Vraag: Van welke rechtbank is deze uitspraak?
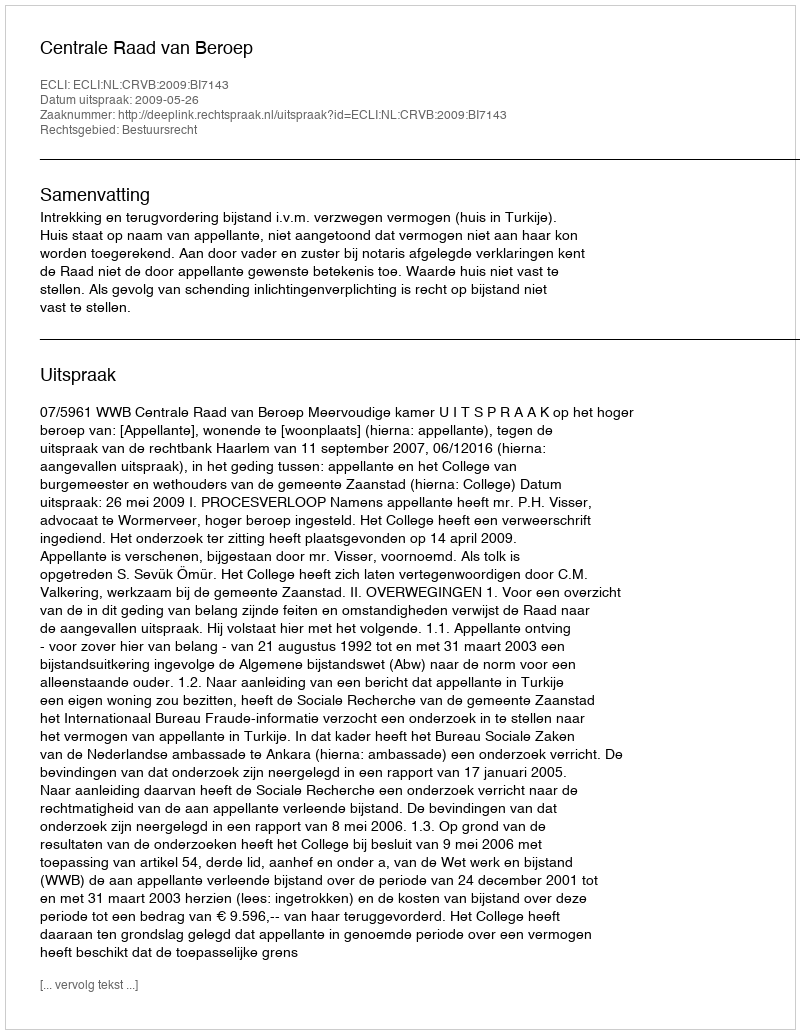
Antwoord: Centrale Raad van Beroep